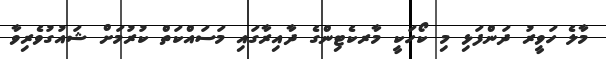
މާލެ ހަވީރު ދަންފަޅި މި ކޯހަކީ މާރކެޓިންގެ ދާއިރާގައި މަސައްކަތް ކުރުމަށް ޝައުގުވެރިވާ